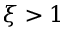
\xi > 1